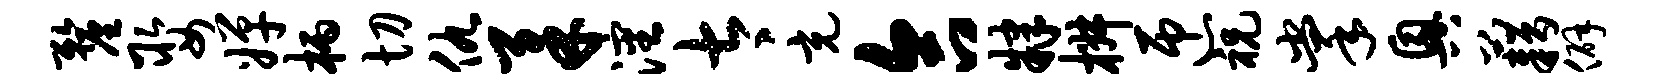
厘娶婵柄切仇柔沈太充合肄椒匝祝掌兴藉僻